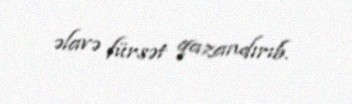
əlavə fürsət qazandırıb.